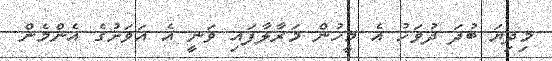
މިދިޔަ ބުދަ ދުވަހު އެ މީހުން މަރާލާފައި ވަނީ އެ އަވަށުގެ އެންމެން